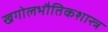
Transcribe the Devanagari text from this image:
खगोलभौतिकशास्त्र